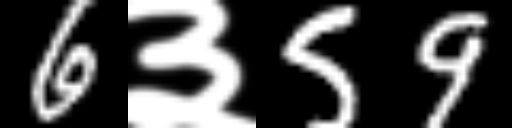
Text: 6३59